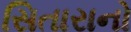
સિતારાનો